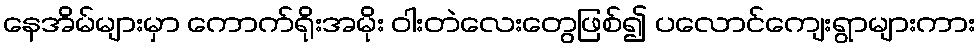
နေအိမ်များမှာ ကောက်ရိုးအမိုး ဝါးတဲလေးတွေဖြစ်၍ ပလောင်ကျေးရွာများကား